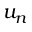
u _ { n }